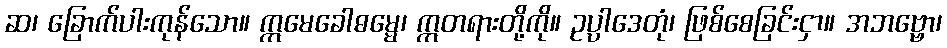
ဆ၊ ခြောက်ပါးကုန်သော။ ဣမေခေါဓမ္မေ၊ ဣတရားတို့ကို။ ဥပ္ပါဒေတုံ၊ ဖြစ်စေခြင်းငှာ။ အဘဗ္ဗော၊